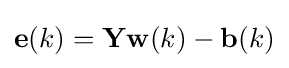
\mathbf {e} (k)=\mathbf {Yw} (k)-\mathbf {b} (k)